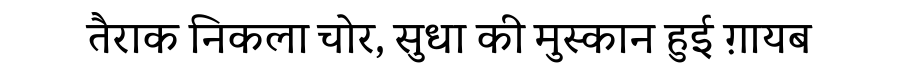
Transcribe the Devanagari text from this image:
तैराक निकला चोर, सुधा की मुस्कान हुई ग़ायब